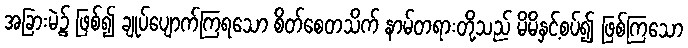
အခြားမဲ့၌ ဖြစ်၍ ချုပ်ပျောက်ကြရသော စိတ်စေတသိက် နာမ်တရားတို့သည် မိမိနှင့်စပ်၍ ဖြစ်ကြသော